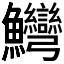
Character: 𱇋